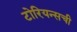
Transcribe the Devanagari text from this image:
टोरियन्सची